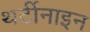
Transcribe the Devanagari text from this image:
थर्टीनाइन